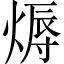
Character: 𤍇